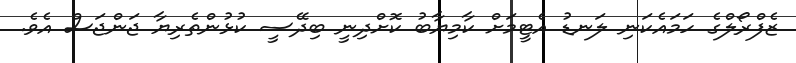
ޒެފްރޯލްގެ ހަމައެކަނި ލަނޑު އެޓީމަށް ކާމިޔާބު ކޮށްދިނީ ބިދޭސީ ކުޅުންތެރިޔާ ޖަންޖަސް އެވެ.